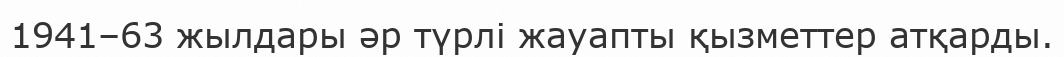
1941–63 жылдары әр түрлі жауапты қызметтер атқарды.